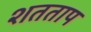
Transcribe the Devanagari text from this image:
शतताप